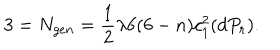
LaTeX: 3 = N _ { g e n } = \frac { 1 } { 2 } \lambda 6 ( 6 - n ) c _ { 1 } ^ { 2 } ( d P _ { r } ) .